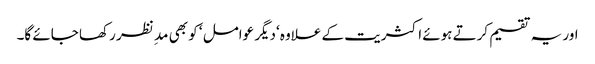
اور یہ تقسیم کرتے ہوئے اکثریت کے علاوہ ‘دیگر عوامل ‘ کو بھی مد ِ نظر رکھا جائے گا۔